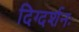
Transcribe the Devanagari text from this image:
दिग्दर्शनः